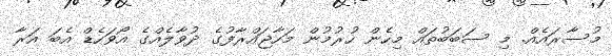
މުސާރައެއް. މި ސަބަބުތައް މިހެން ހުރުމުން މަހާޖައްރާފުގެ ދުވާލެއްގެ އޯވަހެޑް އެބަ އަރާ